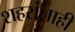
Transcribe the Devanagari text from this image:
शहरांनाही